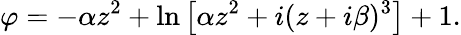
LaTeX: \varphi=-\alpha z^{2}+\ln\left[\alpha z^{2}+i(z+i\beta)^{3}\right]+1.